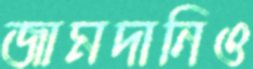
জামদানিও